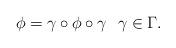
LaTeX: \begin{align*}\phi= \gamma\circ \phi \circ\gamma\ \ \gamma\in \Gamma.\end{align*}